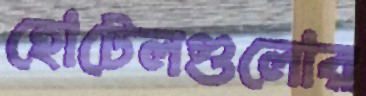
হোটেলগুলোর